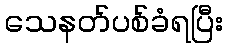
သေနတ်ပစ်ခံရပြီး